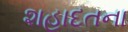
શહાદતના